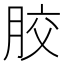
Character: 㬵